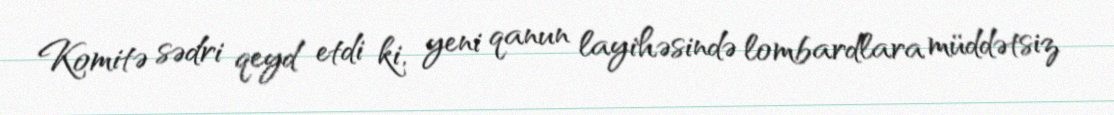
Komitə sədri qeyd etdi ki, yeni qanun layihəsində lombardlara müddətsiz